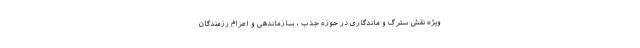
ویژه نقش سترگ و ماندگاری در حوزه جذب ، سازماندهی و اعزام رزمندگان